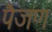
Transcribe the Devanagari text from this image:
पैजण